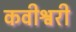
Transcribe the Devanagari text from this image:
कवीश्वरी